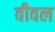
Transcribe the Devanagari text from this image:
वीवल